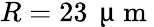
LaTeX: R=23\, \mathrm{~\textmu~m~}